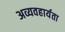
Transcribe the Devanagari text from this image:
अव्यवहार्यता